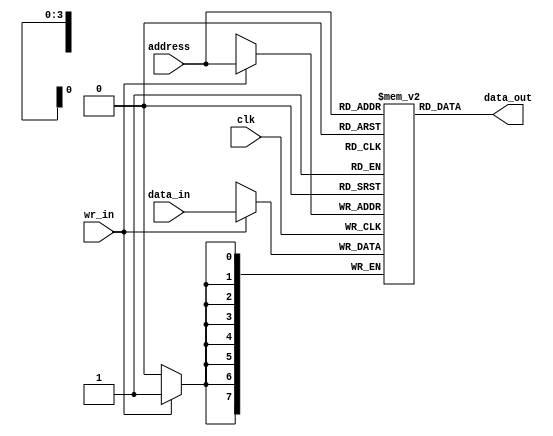
module Ram_my_code_1(

    input clk,
    input wr_in,
    input [7:0]data_in,
    input [3:0]address,
    output reg [7:0]data_out
);


reg [7:0] ram [0:15];

always @(posedge clk ) begin
         if (wr_in) begin
		    ram[address] <= data_in;
	    end
	end


assign data_out=ram[address];

endmodule